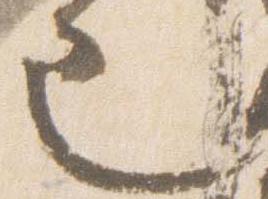
也